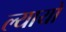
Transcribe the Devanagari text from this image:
ल्यायो